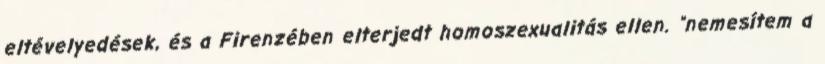
eltévelyedések, és a Firenzében elterjedt homoszexualitás ellen. "nemesítem a